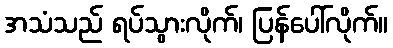
အသံသည် ရပ်သွားလိုက်၊ ပြန်ပေါ်လိုက်။